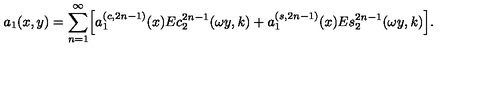
a _ { 1 } ( x , y ) = \sum _ { n = 1 } ^ { \infty } \Bigl [ a _ { 1 } ^ { ( c , 2 n - 1 ) } ( x ) E c _ { 2 } ^ { 2 n - 1 } ( \omega y , k ) + a _ { 1 } ^ { ( s , 2 n - 1 ) } ( x ) E s _ { 2 } ^ { 2 n - 1 } ( \omega y , k ) \Bigr ] .